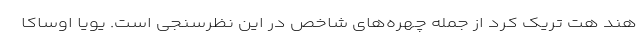
هند هت تریک کرد از جمله چهره‌های شاخص در این نظرسنجی است. یویا اوساکا